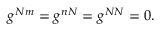
\begin{array} { r } { g ^ { N m } = g ^ { n N } = g ^ { N N } = 0 . } \end{array}